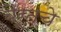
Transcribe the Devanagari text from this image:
बैरूतचे